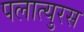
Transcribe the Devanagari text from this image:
पलात्युरस